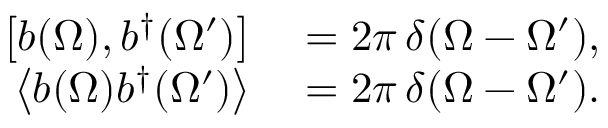
\begin{array} { r l } { \left[ b ( \Omega ) , b ^ { \dag } ( \Omega ^ { \prime } ) \right] } & { { } = 2 \pi \, \delta ( \Omega - \Omega ^ { \prime } ) , } \\ { \left\langle b ( \Omega ) b ^ { \dag } ( \Omega ^ { \prime } ) \right\rangle } & { { } = 2 \pi \, \delta ( \Omega - \Omega ^ { \prime } ) . } \end{array}